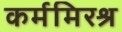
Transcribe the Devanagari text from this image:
कर्ममिरश्र